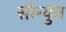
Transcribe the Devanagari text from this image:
सॅल्युत